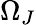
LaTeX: \Omega_{J}